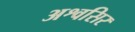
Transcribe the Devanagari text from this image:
अश्वसिर